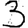
Digit: 3